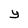
Character: y